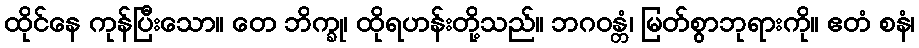
ထိုင်နေ ကုန်ပြီးသော။ တေ ဘိက္ခု၊ ထိုရဟန်းတို့သည်။ ဘဂဝန္တံ၊ မြတ်စွာဘုရားကို။ ဧတံ စနံ၊